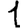
Digit: 1